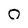
Character: 0